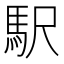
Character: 駅